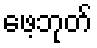
ဖေ့ဘုတ်